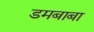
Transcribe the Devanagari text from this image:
डमबाबा